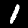
Label: 1